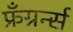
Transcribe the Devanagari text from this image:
फ्रँग्रर्न्स